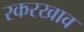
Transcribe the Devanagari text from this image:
रकरखाव